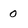
Character: 0